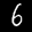
Label: 6